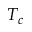
T _ { c }